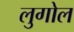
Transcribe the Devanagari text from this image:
लुगोल